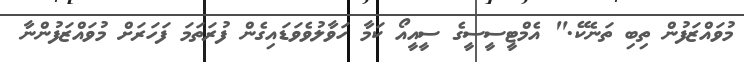
މުވައްޒަފުން ތިބި ތަނެކޭ." އެމްޓީސީސީގެ ސީއީއޯ ކަމާ ހަވާލުވެވަޑައިގެން ފުރަތަމަ ފަހަރަށް މުވައްޒަފުންނާ